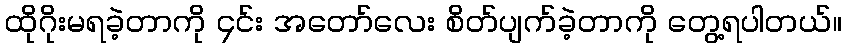
ထိုဂိုးမရခဲ့တာကို ၄င်း အတော်လေး စိတ်ပျက်ခဲ့တာကို တွေ့ရပါတယ်။